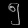
Digit: ၅